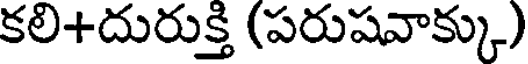
కలి+దురుక్తి (పరుషవాక్కు)